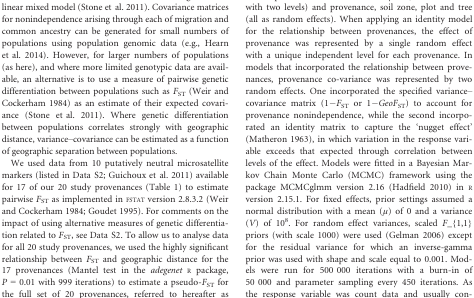
<table><thead><tr><td rowspan="2"><b>Gall type (species and generation)</b></td><td colspan="3"><b>2008</b></td><td colspan="3"><b>2009</b></td><td rowspan="2"><b>Ratio of mean galls/shoot 2008:2009</b></td></tr><tr><td><b>Total galls</b></td><td><b>Mean galls/shoot</b></td><td><b>Incidence</b></td><td><b>Total galls</b></td><td><b>Mean galls/shoot</b></td><td><b>Incidence</b></td></tr></thead><tbody><tr><td colspan="8">Spring sexual generation surveys</td></tr><tr><td> <i>Andricus inflator</i></td><td>52</td><td>0.0022</td><td>0.0018</td><td>0</td><td>0</td><td>0</td><td>–</td></tr><tr><td> <i>Andricus testaceipes</i></td><td>973</td><td>0.041</td><td>0.0025</td><td>2291</td><td>0.095</td><td>0.067</td><td>1:2.3</td></tr><tr><td> <i>Biorhiza pallid</i>a</td><td>13</td><td>0.00054</td><td>0.00046</td><td>10</td><td>0.00042</td><td>0.00042</td><td>1.3:1</td></tr><tr><td> <i>Neuroterus albipes</i></td><td>822</td><td>0.034</td><td>0.03</td><td>5828</td><td>0.24</td><td>0.16</td><td>1:8</td></tr><tr><td> <i>Neuroterus anthracinus</i></td><td>14 278</td><td>0.59</td><td>0.35</td><td>7411</td><td>0.31</td><td>0.23</td><td>1.9:1</td></tr><tr><td> <i>Neuroterus numismalis</i></td><td>1154</td><td>0.048</td><td>0.039</td><td>17 486</td><td>0.73</td><td>0.29</td><td>1:15</td></tr><tr><td> <i>Neuroterus quercusbaccarum</i></td><td>5808</td><td>0.24</td><td>0.15</td><td>7834</td><td>0.33</td><td>0.2</td><td>1:1.4</td></tr><tr><td colspan="8">Autumn asexual generation surveys</td></tr><tr><td> <i>Andricus callidoma</i></td><td>4</td><td>0.00021</td><td>0.00021</td><td>45</td><td>0.0019</td><td>0.0018</td><td>1:9</td></tr><tr><td> <i>Andricus fecundatrix</i></td><td>334</td><td>0.017</td><td>0.013</td><td>1103</td><td>0.046</td><td>0.029</td><td>1:2.5</td></tr><tr><td> <i>Andricus glandulae</i></td><td>83</td><td>0.0043</td><td>0.0037</td><td>335</td><td>0.014</td><td>0.012</td><td>1:2.3</td></tr><tr><td> <i>Andricus inflator</i></td><td>44</td><td>0.0023</td><td>0.002</td><td>3</td><td>0.00013</td><td>0.00013</td><td>19:1</td></tr><tr><td> <i>Andricus kollari</i></td><td>2</td><td>0.0001</td><td>0.0001</td><td>43</td><td>0.0018</td><td>0.0012</td><td>1:18</td></tr><tr><td> <i>Andricus solitarius</i></td><td>528</td><td>0.028</td><td>0.026</td><td>726</td><td>0.03</td><td>0.028</td><td>1:1</td></tr><tr><td> <i>Cynips divisa</i></td><td>1901</td><td>0.099</td><td>0.057</td><td>184</td><td>0.0077</td><td>0.0057</td><td>13:1</td></tr><tr><td> <i>Cynips longiventris</i></td><td>1</td><td>0.000052</td><td>0.000052</td><td>3</td><td>0.00013</td><td>0.00013</td><td>1:2.5</td></tr><tr><td> <i>Cynips quercusfolii</i></td><td>197</td><td>0.01</td><td>0.0085</td><td>456</td><td>0.019</td><td>0.013</td><td>1:2</td></tr><tr><td> <i>N. albipes</i></td><td>45 771</td><td>2.38</td><td>0.51</td><td>27 531</td><td>1.15</td><td>0.32</td><td>2.1:1</td></tr><tr><td> <i>N. anthracinus</i></td><td>313 507</td><td>16.33</td><td>0.93</td><td>23 820</td><td>0.99</td><td>0.29</td><td>16:1</td></tr><tr><td> <i>N. numismalis</i></td><td>12 194</td><td>0.64</td><td>0.037</td><td>12 124</td><td>0.51</td><td>0.028</td><td>1.2:1</td></tr><tr><td> <i>N. quercusbaccarum</i></td><td>123 708</td><td>6.44</td><td>0.56</td><td>94 830</td><td>3.95</td><td>0.49</td><td>1.6:1</td></tr></tbody></table>